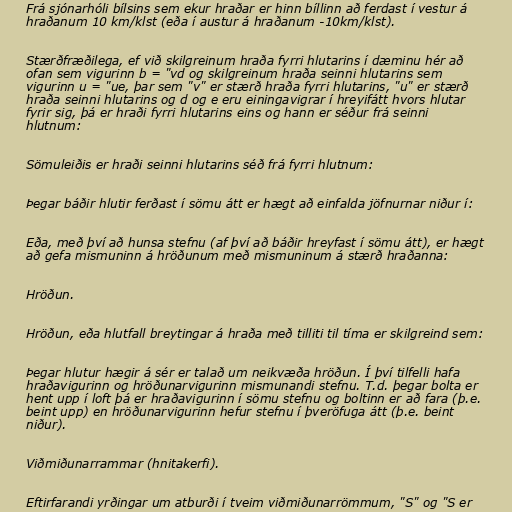
Frá sjónarhóli bílsins sem ekur hraðar er hinn bíllinn að ferdast í vestur á
hraðanum 10 km/klst (eða í austur á hraðanum -10km/klst).

Stærðfræðilega, ef við skilgreinum hraða fyrri hlutarins í dæminu hér að
ofan sem vigurinn b = "vd og skilgreinum hraða seinni hlutarins sem
vigurinn u = "ue, þar sem "v" er stærð hraða fyrri hlutarins, "u" er stærð
hraða seinni hlutarins og d og e eru einingavigrar í hreyifátt hvors hlutar
fyrir sig, þá er hraði fyrri hlutarins eins og hann er séður frá seinni
hlutnum:

Sömuleiðis er hraði seinni hlutarins séð frá fyrri hlutnum:

Þegar báðir hlutir ferðast í sömu átt er hægt að einfalda jöfnurnar niður í:

Eða, með því að hunsa stefnu (af því að báðir hreyfast í sömu átt), er hægt
að gefa mismuninn á hröðunum með mismuninum á stærð hraðanna:

Hröðun.

Hröðun, eða hlutfall breytingar á hraða með tilliti til tíma er skilgreind sem:

Þegar hlutur hægir á sér er talað um neikvæða hröðun. Í því tilfelli hafa
hraðavigurinn og hröðunarvigurinn mismunandi stefnu. T.d. þegar bolta er
hent upp í loft þá er hraðavigurinn í sömu stefnu og boltinn er að fara (þ.e.
beint upp) en hröðunarvigurinn hefur stefnu í þveröfuga átt (þ.e. beint
niður).

Viðmiðunarrammar (hnitakerfi).

Eftirfarandi yrðingar um atburði í tveim viðmiðunarrömmum, "S" og "S er